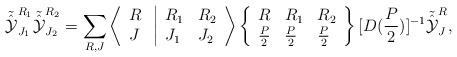
LaTeX: \begin{align*}{\tilde {\hat {\cal Y}}}_{J_1}^{R_1} {\tilde {\hat {\cal Y}}}_{J_2}^{R_2} = \sum_{R, J} \left \langle \begin{array}{l}R \\J \end{array} \right. \left | \begin{array}{ll}R_1 & R_2 \\J_1 & J_2 \end{array} \right \rangle \left \{ \begin{array}{lll}R & R_1 & R_2 \\\frac{P}{2} & \frac{P}{2} & \frac{P}{2} \end{array} \right \}[D(\frac{P}{2})]^{-1} {\tilde {\hat{\cal Y}}}_J^R,\end{align*}